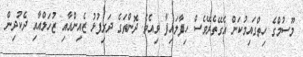
މޫސުމްގެ ހިތްގައިމުކަން އެގޭތެރޭވެސް ހިފާލައިފާ ވިއެވެ. ދޮންތަގެ ދަރިފުޅު ޒެއިންއާއި ޒުހަލްއާއި ދެކުދިން